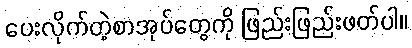
ပေးလိုက်တဲ့စာအုပ်တွေကို ဖြည်းဖြည်းဖတ်ပါ။